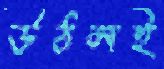
উঠলই